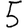
Digit: 5